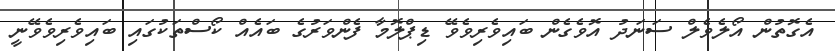
އެގޮތުން އޯލެވެލް ސަނަދު އޮވެގެން ބައިވެރިވެވޭ ޑިޕްލޮމާ ފެންވަރުގެ ބައެއް ކޯސްތަކުގައި ބައިވެރިވެވޭނީ